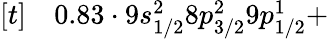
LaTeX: \begin{array}{rl}{[t]}&{{}0.83\cdot 9s_{1/2}^{2}8p_{3/2}^{2}9p_{1/2}^{1}+}\end{array}